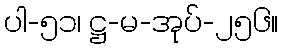
ပါ-၅၁၊ ဋ္ဌ-မ-အုပ်-၂၅၆။